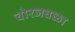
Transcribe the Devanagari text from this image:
चोरजवळा